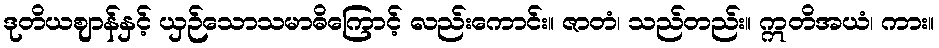
ဒုတိယဈာန်နှင့် ယှဉ်သောသမာဓိကြောင့် လည်းကောင်း။ ဇာတံ၊ သည်တည်း။ ဣတိအယံ၊ ကား။